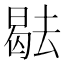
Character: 𭧑